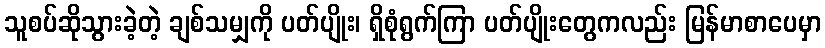
သူစပ်ဆိုသွားခဲ့တဲ့ ချစ်သမျှကို ပတ်ပျိုး၊ ရှိစုံရွက်ကြာ ပတ်ပျိုးတွေကလည်း မြန်မာစာပေမှာ